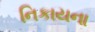
નિકાયના